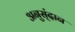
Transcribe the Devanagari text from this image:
अनुस्ंदान